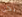
نحن